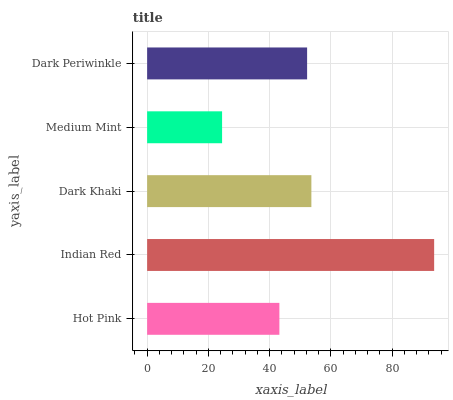
| yaxis_label | bars |
 | --- | --- |
 | Hot Pink | 43.2 |
 | Indian Red | 93.7 |
 | Dark Khaki | 53.6 |
 | Medium Mint | 24.5 |
 | Dark Periwinkle | 52.2 |